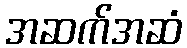
အဆက်အဆံ